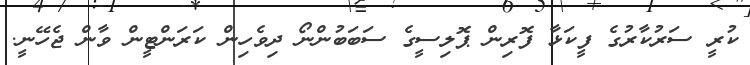
ކުރީ ސަރުކާރުގެ ފީކަޅާ ފޮރިން ޕޮލިސީގެ ސަބަބުންނޯ ދިވެހިން ކަރަންޓީން ވާން ޖެހޭނީ.